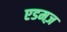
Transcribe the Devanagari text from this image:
एडमज़